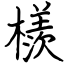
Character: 檨